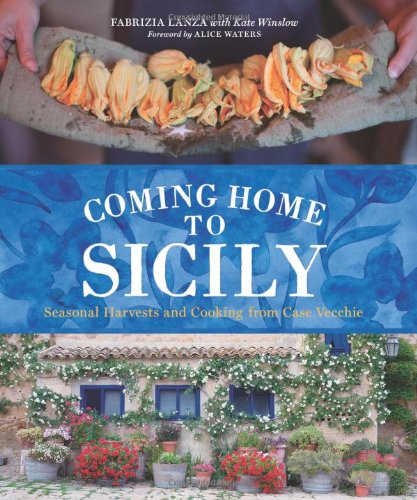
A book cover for Coming Home to Sicily: Seasonal Harvests and Cooking from Case Vecchie; Fabrizia Lanza; Cookbooks, Food & Wine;